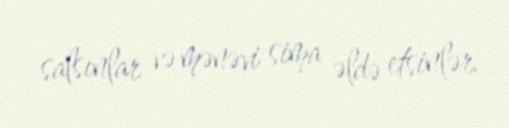
salsınlar və mənəvi sima əldə etsinlər.